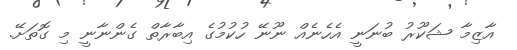
އާޒިމާ ޝަކޫރު ބުނަނީ އެހެނެއް ނޫނޭ ހުކުމުގެ އިބާރާތް ގެންނާނީ މި ގޮތަށޭ.